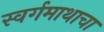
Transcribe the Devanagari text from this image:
स्वर्गमाथाचा